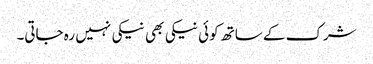
شرک کے ساتھ کوئی نیکی بھی نیکی نہیں رہ جاتی۔